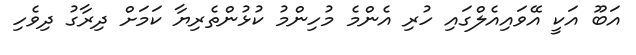
އަބޫ އަކީ އޭވައިއެލްގައި ހުރި އެންމެ މުހިންމު ކުޅުންތެރިޔާ ކަމަށް ދިރާގު ދިވެހި